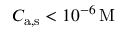
C _ { \mathrm { a , s } } < 1 0 ^ { - 6 } \, \mathrm { M }